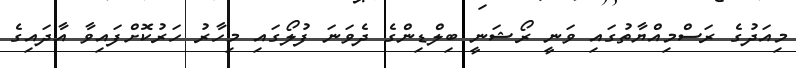
މިއަދުގެ ރަސްމިއްޔާތުގައި ވަނީ ރޯޝަނީ ބިލްޑިންގެ ދެވަނަ ފުލޯގައި މިހާރު ހަރުކޮށްފައިވާ އާދައިގެ